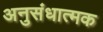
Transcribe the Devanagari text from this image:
अनुसंधात्मक